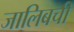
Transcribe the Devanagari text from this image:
जालिबची